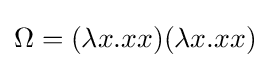
\Omega =(\lambda x.xx)(\lambda x.xx)